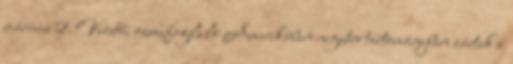
március 2. Vezetői összefoglaló Amerikában negatív tartományban zártak a